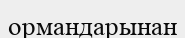
ормандарынан